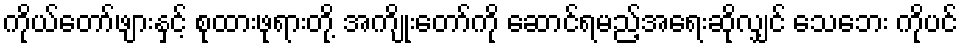
ကိုယ်တော်ဖျားနှင့် စုထားဖုရားတို့ အကျိုးတော်ကို ဆောင်ရမည့်အရေးဆိုလျှင် သေဘေး ကိုပင်